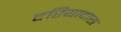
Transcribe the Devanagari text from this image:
दरियादास